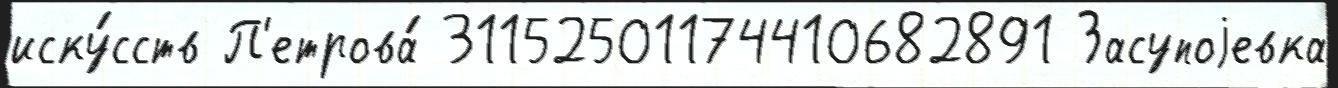
иску́сств П'етрова́ 31152501174410682891 Засупоjевка